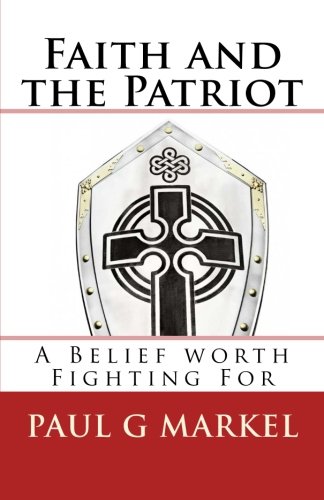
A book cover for Faith and the Patriot: A Belief Worth Fighting For; Paul G Markel; Christian Books & Bibles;